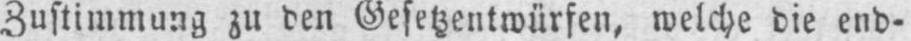
Zustimmung zu den Gesetzentwürfen, welche die end-